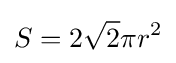
S=2{\sqrt {2}}\pi r^{2}